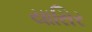
યાસિર